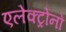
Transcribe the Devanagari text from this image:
एलेक्ट्रोनों